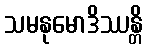
သမနုမောဒိဿန္တိ